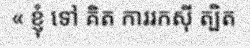
« ខ្ញុំ ទៅ គិត ការរកស៊ី ត្បិត